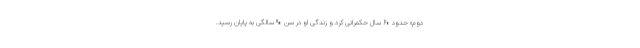
دوم» حدود ۶۰ سال حکمرانی کرد و زندگی او در سن ۹۰ سالگی به پایان رسید.